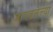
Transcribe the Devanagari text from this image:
जागवलेल्या